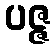
ပဇ္ဇ